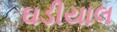
ઘડીયાલ